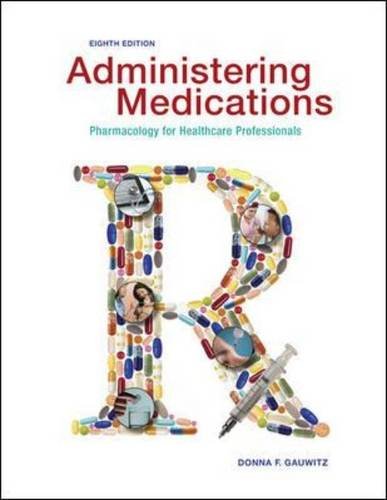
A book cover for Administering Medications; Donna Gauwitz; Medical Books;